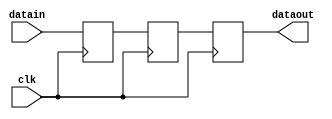
module non_stall_pipeline #
(
    parameter WIDTH = 100
)
(
    input              clk,
    input  [WIDTH-1:0] datain,
    output [WIDTH-1:0] dataout
);

reg [WIDTH-1:0] pipe1_data;
reg [WIDTH-1:0] pipe2_data;
reg [WIDTH-1:0] pipe3_data;

always @(posedge clk) begin
    pipe1_data <= datain;
end

always @(posedge clk) begin
    pipe2_data <= pipe1_data;
end

always @(posedge clk) begin
    pipe3_data <= pipe2_data;
end

assign dataout = pipe3_data;

endmodule